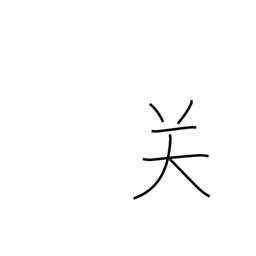
Meaning: frontier pass